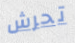
تحرش